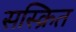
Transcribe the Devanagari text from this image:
सस्क्रित